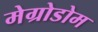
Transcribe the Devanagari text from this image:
मेग्रोडोम